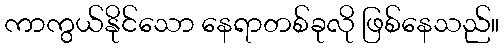
ကာကွယ်နိုင်သော နေရာတစ်ခုလို ဖြစ်နေသည်။